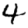
Digit: 4